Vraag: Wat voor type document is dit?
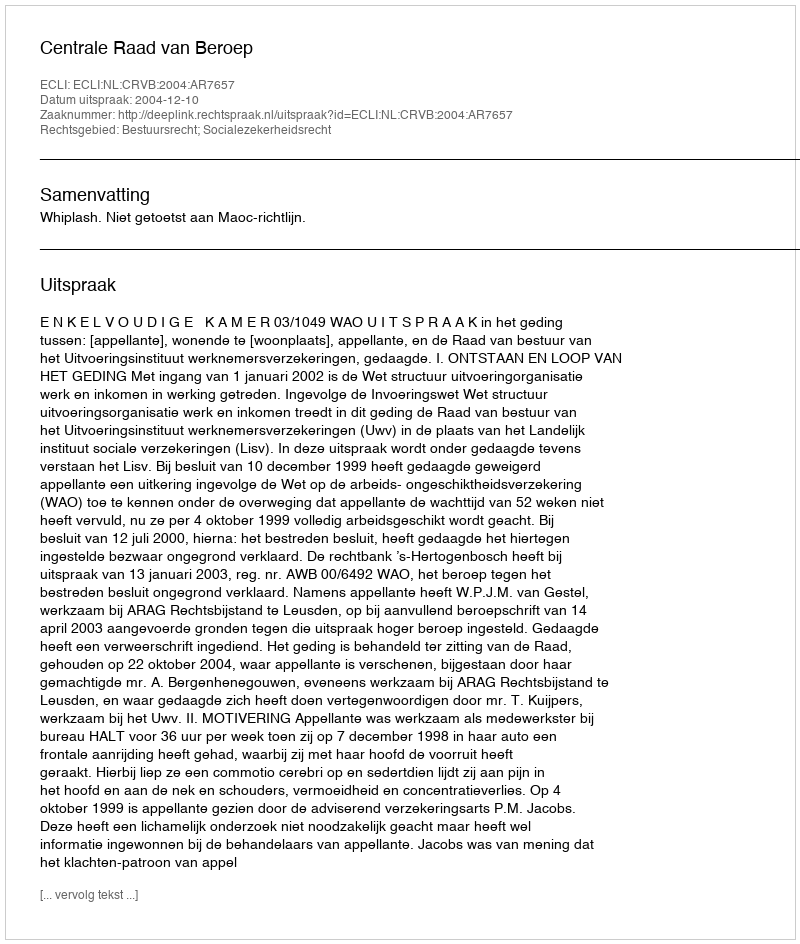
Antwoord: Uitspraak